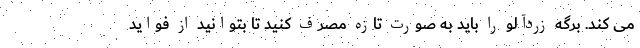
می کند. برگه زردآلو را باید به صورت تازه مصرف کنید تا بتوانید از فواید